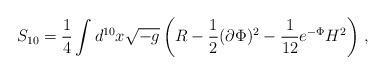
LaTeX: \begin{align*}S_{10} = \frac{1}{4} \int d^{10}x \sqrt{-g} \left( R - \frac{1}{2}(\partial \Phi)^2 - \frac{1}{12} e^{-\Phi} H^2 \right)\,,\end{align*}